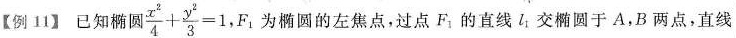
【例11】已知椭圆 $$\frac{x^{2}}{4}+ \frac{y^{2}}{3}=1$$，F_{1}为椭圆的左焦点，过点F_{1}的直线l_{1}交椭圆于A，B两点，直线